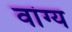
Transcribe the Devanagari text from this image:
वांग्य